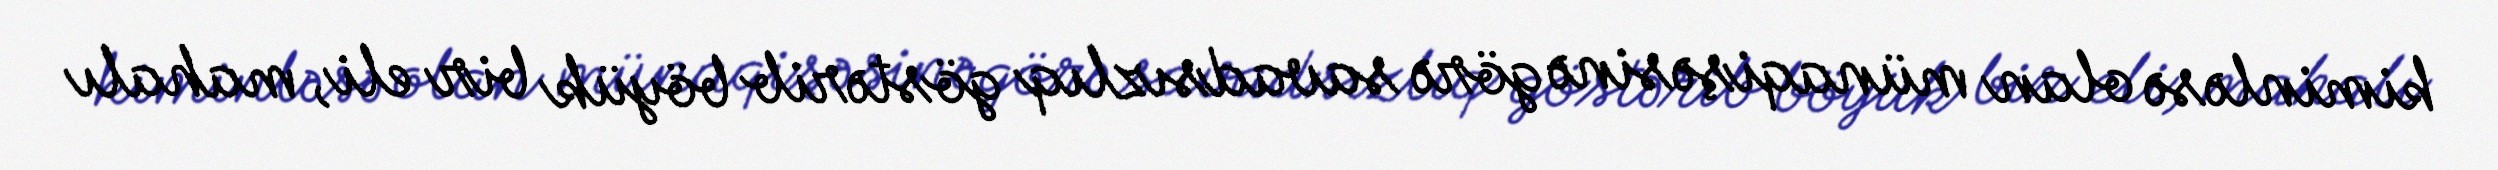
kiminləsə olan münaqişəsinə görə savadsızlıq göstərib böyük bir eli, mahalı